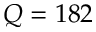
Q = 1 8 2